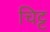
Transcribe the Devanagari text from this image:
चिट्ट